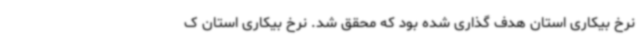
نرخ بیکاری استان هدف گذاری شده بود که محقق شد. نرخ بیکاری استان ک